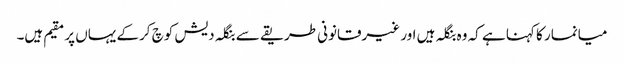
میانمار کا کہنا ہے کہ وہ بنگلہ ہیں اور غیرقانونی طریقے سے بنگلہ دیش کوچ کرکے یہاں پر مقیم ہیں۔